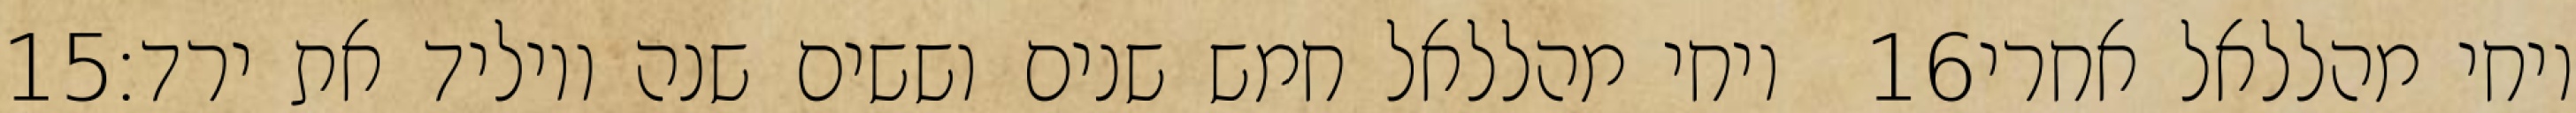
‎15‏ ויחי מהללאל חמש שנים וששים שנה ויוליד את ירד׃ ‎16‏ ויחי מהללאל אחרי